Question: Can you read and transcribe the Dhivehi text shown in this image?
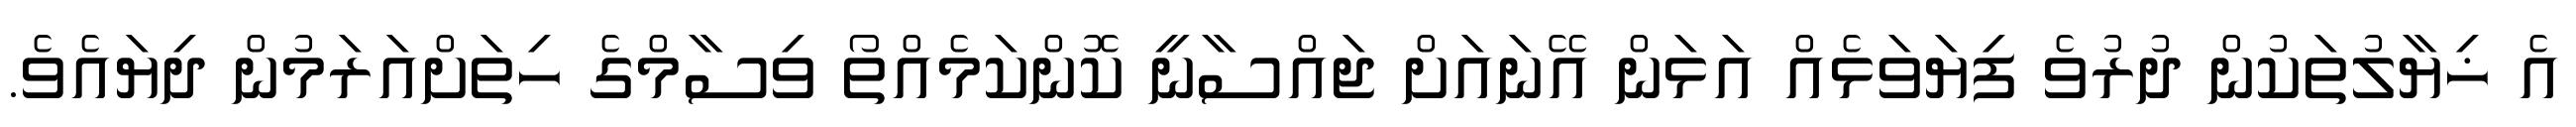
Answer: އެ ޚިޔާލުތަކުން ދުރުވެ ފިޔަވަޅެއް އަޅަން އޭނައަށް ޖައްސާނީ ކޮންކަމެއްތޯ ވިސާމްގެ ހިތަށްއަރަމުން ދިޔައެވެ.